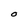
Character: O